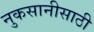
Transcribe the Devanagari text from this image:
नुकसानीसाठी